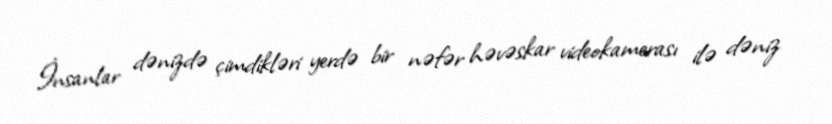
İnsanlar dənizdə çimdikləri yerdə bir nəfər həvəskar videokamerası ilə dəniz